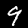
Digit: 9